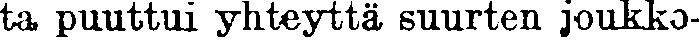
ta puuttui yhteyttä suurten joukko-